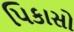
પિકાસો